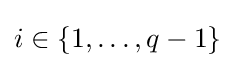
i\in \{1,\dots ,q-1\}